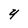
Character: Y